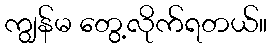
ကျွန်မ တွေ့လိုက်ရတယ်။